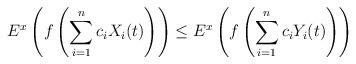
LaTeX: \begin{align*}E^x\left(f\left(\sum_{i=1}^nc_i X_i(t)\right) \right)\leq E^x\left(f\left(\sum_{i=1}^nc_i Y_i(t)\right) \right)\end{align*}